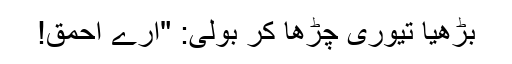
بڑھیا تیوری چڑھا کر بولی: "ارے احمق!